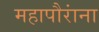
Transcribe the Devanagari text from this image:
महापौरांना